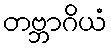
တဗ္ဘာဂိယံ